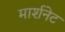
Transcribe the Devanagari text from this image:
मार्शनेट